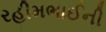
રહીમભાઈની